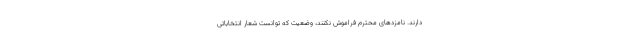
دارند. نامزدهای محترم فراموش نکنند، وضعیت که توانست شعار انتخاباتی